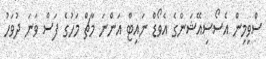
ސްވިމިން އެސޯސިއޭޝަންގެ އެވޯޑް ނައިޓް އަންނަ މާޗް މަހުގެ ފަސް ވަނަ ދުވަހު